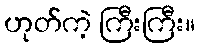
ဟုတ်ကဲ့ ကြီးကြီး။